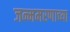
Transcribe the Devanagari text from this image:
जन्ममरणाच्या